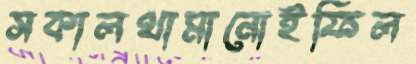
সকালথামানোইফিল